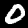
Label: 0